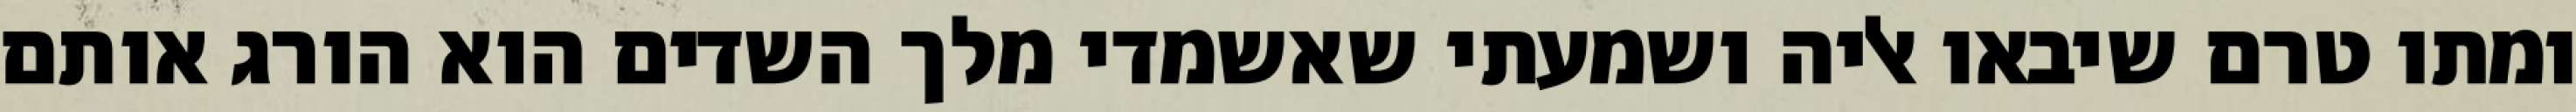
ומתו טרם שיבאו אליה ושמעתי שאשמדי מלך השדים הוא הורג אותם